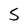
Character: S